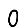
Digit: 0